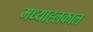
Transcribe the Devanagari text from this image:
मध्याह्लकाल